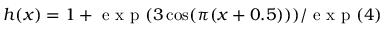
h ( x ) = 1 + \mathrm { ~ e ~ x ~ p ~ } ( 3 \cos ( \pi ( x + 0 . 5 ) ) ) / \mathrm { ~ e ~ x ~ p ~ } ( 4 )